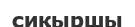
сиқыршы